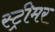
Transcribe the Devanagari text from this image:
स्ट्रीमर